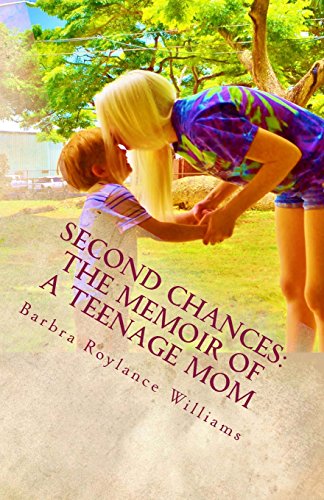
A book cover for Second Chances: The Memoir of a Teenage Mom; Barbra R. Williams; Teen & Young Adult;